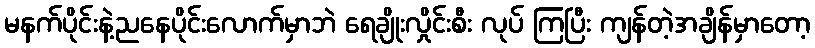
မနက်ပိုင်းနဲ့ညနေပိုင်းလောက်မှာဘဲ ရေချိုးလှိုင်းစီး လုပ် ကြပြီး ကျန်တဲ့အချိန်မှာတော့